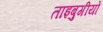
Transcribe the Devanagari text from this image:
ताइबुगीयों